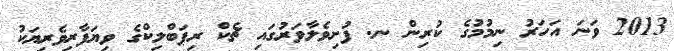
2013 ވަނަ އަހަރު ނިމުމުގެ ކުރިން ނ. ފުށިވެލާވަރުގައި ޗެކް ރިޕަބްލިކްގެ ވިޔަފާރިވެރިޔަކު